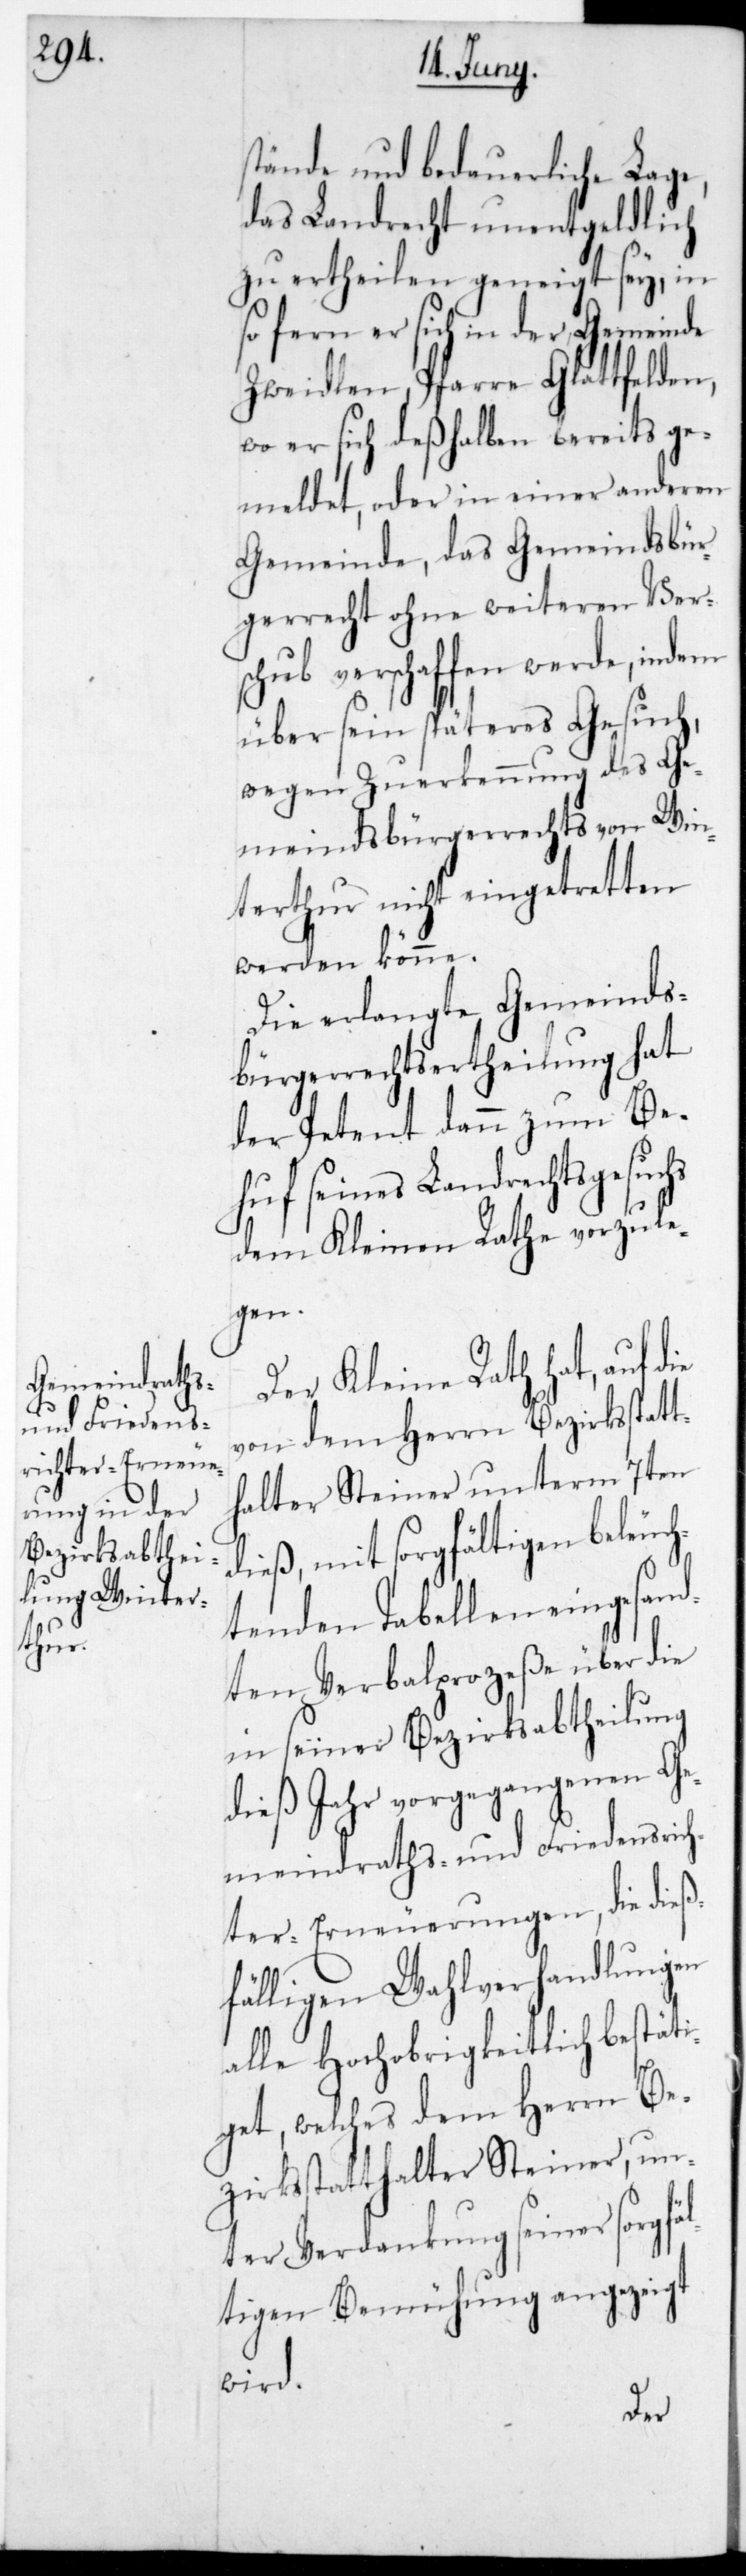
stände und bedauerliche Lage,
das Landrecht unentgeldlich
zu ertheilen geneigt sey, in
so fern er sich in der Gemeinde
Zweidlen, Pfarre Glattfelden,
wo er sich deshalben bereits ge¬
meldet, oder in einer anderen
Gemeinde, das Gemeindsbür¬
gerrecht ohne weiteren Vers¬
chub verschaffen werde, indem
über sein späteres Gesuch,
wegen Zuerkennung des Ge¬
meindbürgerrechts von Win¬
terthur nicht eingetretten
werden könne.
Die erlangte Gemeinds¬
bürgerrechts-Ertheilung hat
der Petent dann zum Be¬
huf seines Landrechtsgesuchs
dem Kleinen Rathe vorzule¬
gen.
Der Kleine Rath hat, auf die
von dem Herrn Bezirksstat¬
thalter Steiner unterm 7ten
dieß, mit sorgfältigen beleuc¬
htenden Tabellen eingesand¬
ten Verbalprozeße über die
in seiner Bezirksabtheilung
dies Jahr vorgegangenen Ge¬
meindraths- und Friedensrich¬
ter-Erneuerungen, die dieß¬
fälligen Wahlverhandlungen
alle Hochobrigkeitlich bestäti¬
get, welches dem Herrn Be¬
zirksstatthalter Steiner, un¬
ter Verdankung seiner sorgfä¬
ltigen Bemühung angezeigt
wird.